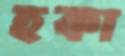
হকা